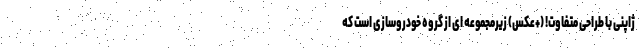
ژاپنی با طراحی متفاوت! (+عکس) زیرمجموعه ای از گروه خودروسازی است که